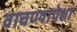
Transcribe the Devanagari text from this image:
वाचण्यापेक्षा